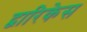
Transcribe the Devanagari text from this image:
द्वारिकेस